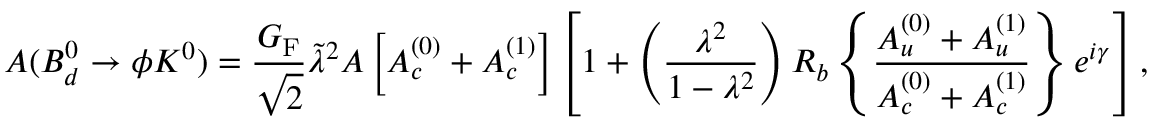
A ( B _ { d } ^ { 0 } \to \phi K ^ { 0 } ) = \frac { G _ { \mathrm { F } } } { \sqrt { 2 } } \tilde { \lambda } ^ { 2 } A \left[ { \cal A } _ { c } ^ { ( 0 ) } + { \cal A } _ { c } ^ { ( 1 ) } \right] \left[ 1 + \left( \frac { \lambda ^ { 2 } } { 1 - \lambda ^ { 2 } } \right) R _ { b } \left\{ \frac { { \cal A } _ { u } ^ { ( 0 ) } + { \cal A } _ { u } ^ { ( 1 ) } } { { \cal A } _ { c } ^ { ( 0 ) } + { \cal A } _ { c } ^ { ( 1 ) } } \right\} e ^ { i \gamma } \right] ,